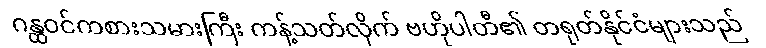
ဂန္ထဝင်ကစားသမားကြီး ကန့်သတ်လိုက် ဗဟိုပါတီ၏ တရုတ်နိုင်ငံများသည်